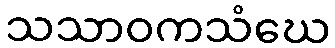
သသာဝကသံဃေ